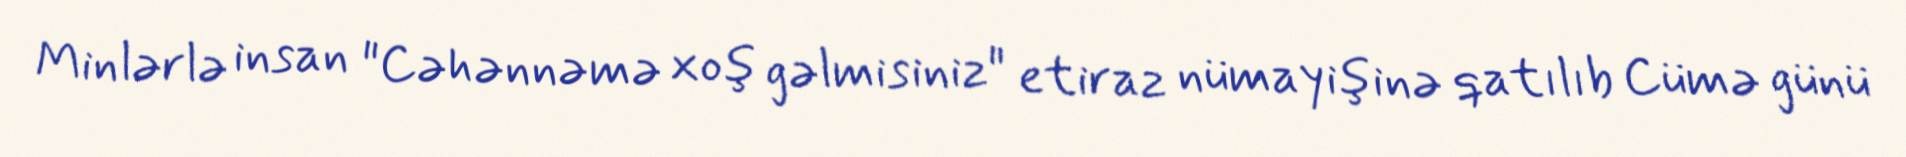
Minlərlə insan "Cəhənnəmə xoş gəlmisiniz" etiraz nümayişinə qatılıb Cümə günü